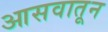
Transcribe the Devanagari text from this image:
आसवातून